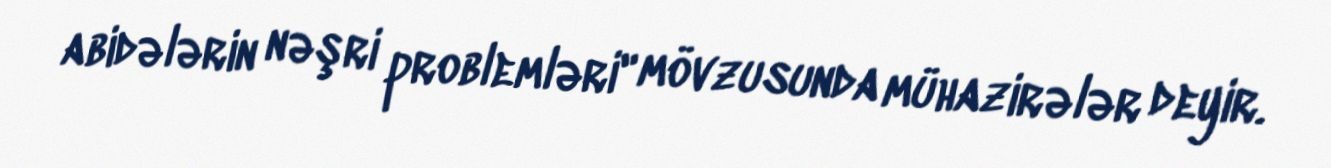
abidələrin nəşri problemləri" mövzusunda mühazirələr deyir.